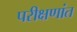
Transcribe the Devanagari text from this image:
परीक्षणांत